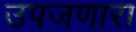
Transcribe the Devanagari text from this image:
उपजणारा